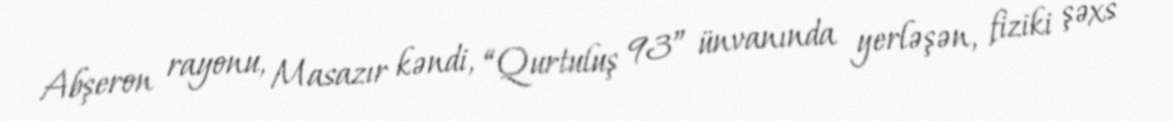
Abşeron rayonu, Masazır kəndi, “Qurtuluş 93” ünvanında yerləşən, fiziki şəxs